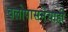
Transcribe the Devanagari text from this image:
बलोपासनेचाही